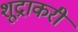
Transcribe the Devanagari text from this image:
शूद्राकरी